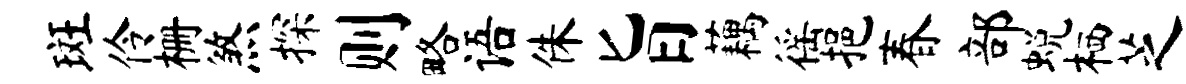
斑伶栅煞探则略语侏旨藕徭挹春部蜕栖芝